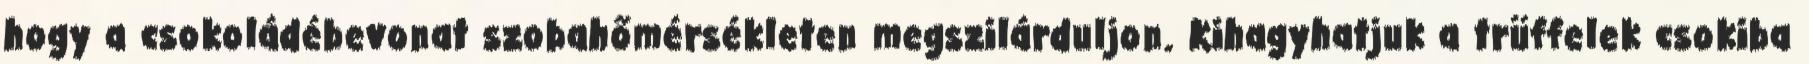
hogy a csokoládébevonat szobahőmérsékleten megszilárduljon. Kihagyhatjuk a trüffelek csokiba